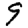
Digit: 9